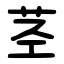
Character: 茎